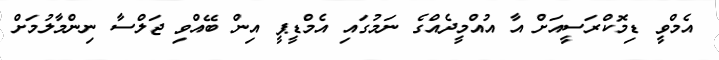
އެމްވީ ޑިމޮކްރަސީއަށް އާ އުއްމީދެއްގެ ނަމުގައި އެމްޑީޕީ އިން ބޭއްވި ޖަލްސާ ނިންމާލުމަށް